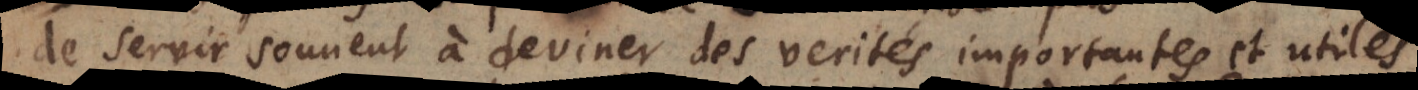
de servir souvent à deviner des verités importantes